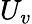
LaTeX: U_{v}